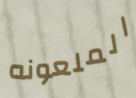
الملعونه